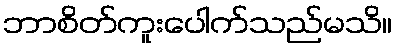
ဘာစိတ်ကူးပေါက်သည်မသိ။